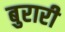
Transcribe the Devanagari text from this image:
बुरारी